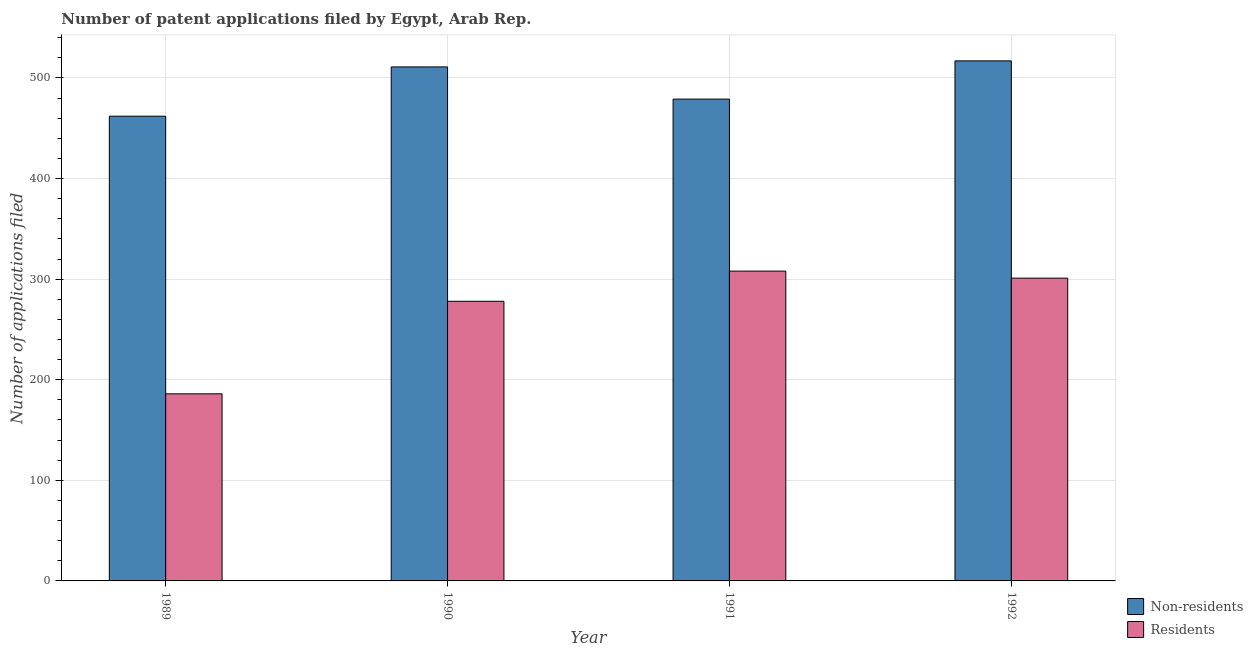
| Year | Non-residents | Residents |
 | --- | --- | --- |
 | 1989 | 462 | 186 |
 | 1990 | 511 | 278 |
 | 1991 | 479 | 308 |
 | 1992 | 517 | 301 |